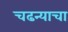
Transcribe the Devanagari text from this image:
चढन्याचा